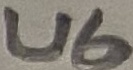
Text: U6